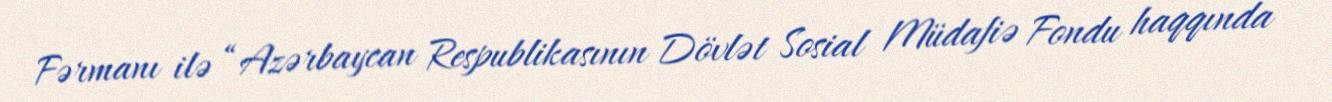
Fərmanı ilə “Azərbaycan Respublikasının Dövlət Sosial Müdafiə Fondu haqqında